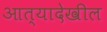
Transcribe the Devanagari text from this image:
आत्यादेखील